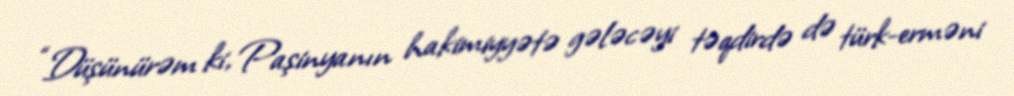
“Düşünürəm ki, Paşinyanın hakimiyyətə gələcəyi təqdirdə də türk-erməni